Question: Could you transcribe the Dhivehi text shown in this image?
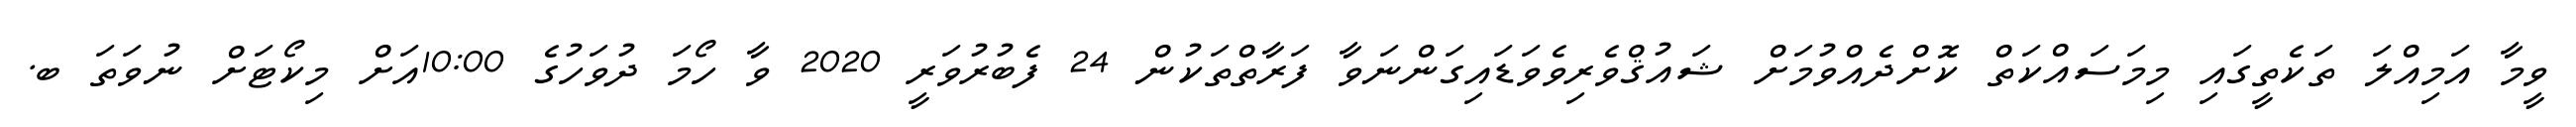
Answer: ވީމާ އަމިއްލަ ތަކެތީގައި މިމަސައްކަތް ކޮށްދެއްވުމަށް ޝައުޤްވެރިވެވަޑައިގަންނަވާ ފަރާތްތަކުން 24 ފެބުރުވަރީ 2020 ވާ ހޯމަ ދުވަހުގެ 10:00އަށް މިކޯޓަށް ނުވަތަ ބ.